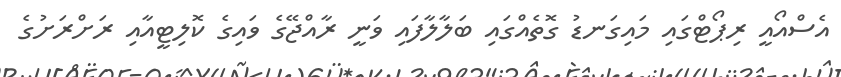
އެސްއޯއީ ރިޕޯޓްގައި މައިގަނޑު ގޮތެއްގައި ބަލާލާފައި ވަނީ ރާއްޖޭގެ ވައިގެ ކޮލިޓީއާއި ރަށްރަށުގެ